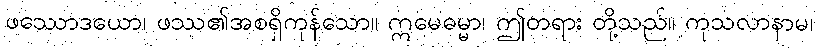
ဖဿောဒယော၊ ဖဿ၏အစရှိကုန်သော။ ဣမေဓမ္မာ၊ ဤတရား တို့သည်။ ကုသလာနာမ၊